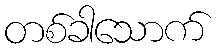
တစ်ခါသောက်